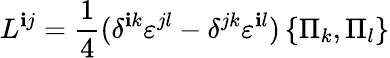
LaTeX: L^{\mathbf{i}j}={\frac{{1}}{{4}}}(\delta^{\mathbf{i}k}{\varepsilon}^{jl}-\delta^{jk}{\varepsilon}^{\mathbf{i}l})\left\{ \Pi_{k},\Pi_{l}\right\}